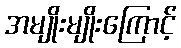
အမျိုးမျိုးကြောင့်